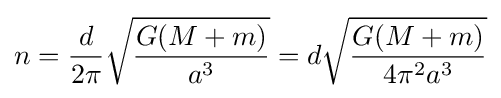
n={\frac {d}{2\pi }}{\sqrt {\frac {G(M+m)}{a^{3}}}}=d{\sqrt {\frac {G(M+m)}{4\pi ^{2}a^{3}}}}\,\!